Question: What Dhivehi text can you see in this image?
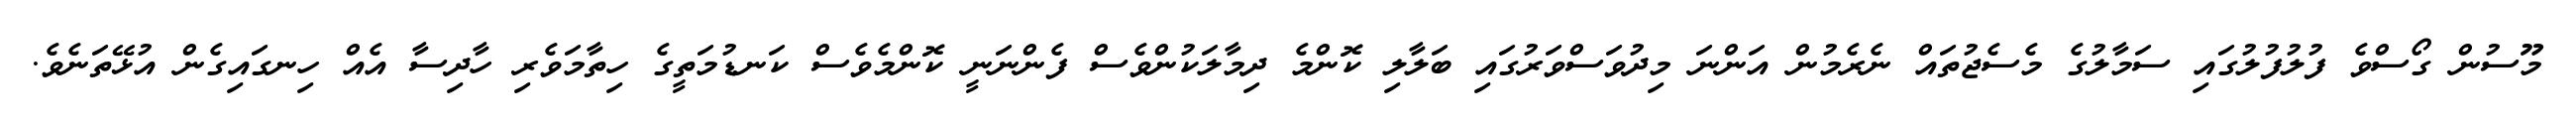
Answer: މޫސުން ގޯސްވެ ފުލުފުލުގައި ސަމާލުގެ މެސެޖުތައް ނެރެމުން އަންނަ މިދުވަސްވަރުގައި ބަލާލި ކޮންމެ ދިމާލަކުންވެސް ފެންނަނީ ކޮންމެވެސް ކަނޑުމަތީގެ ހިތާމަވެރި ހާދިސާ އެއް ހިނގައިގެން އުޅޭތަނެވެ.